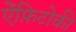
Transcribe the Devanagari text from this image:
ऐंफ़िटोकी